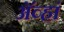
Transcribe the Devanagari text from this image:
अॅव्हां